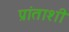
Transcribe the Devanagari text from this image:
प्रांताशी